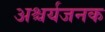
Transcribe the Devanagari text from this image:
अश्चर्यजनक